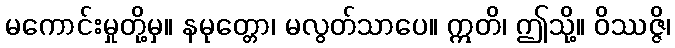
မကောင်းမှုတို့မှ။ နမုတ္တော၊ မလွတ်သာပေ။ ဣတိ၊ ဤသို့။ ဝိဿဇ္ဇိ၊